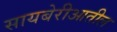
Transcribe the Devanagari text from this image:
सायबेरीआतील